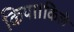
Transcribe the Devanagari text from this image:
किया।किले